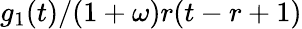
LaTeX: g_{1}(t)/(1+\omega)r(t-r+1)